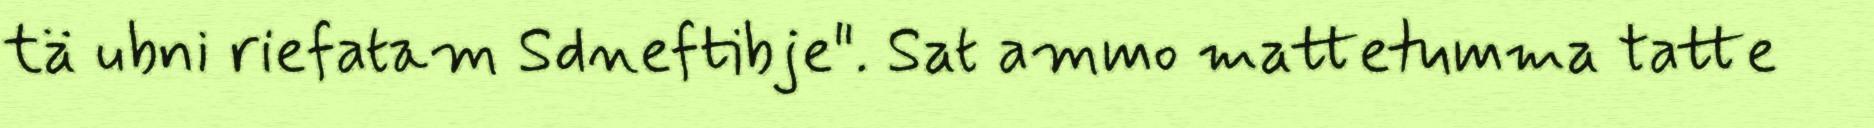
tä ubni riefatam Sdneftibje". Sat ammo mattetumma tatte